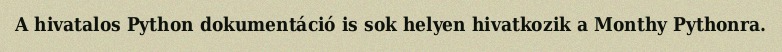
A hivatalos Python dokumentáció is sok helyen hivatkozik a Monthy Pythonra.